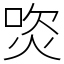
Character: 焁